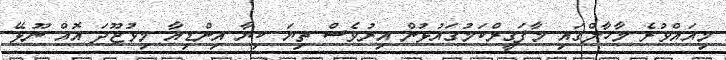
މިއައްވުރެ މާހާލްގައި މާފަގީރްކަމުގައުޅުން އިރުވެސް ތިޔަ ކިޔާ އިންޑިއާ މިވުޖޫދަ އޮއް ނޫޅޭ